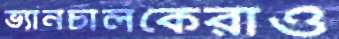
ভ্যানচালকেরাও